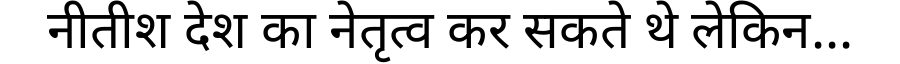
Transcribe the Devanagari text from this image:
नीतीश देश का नेतृत्व कर सकते थे लेकिन...